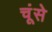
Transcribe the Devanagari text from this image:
चूंसे